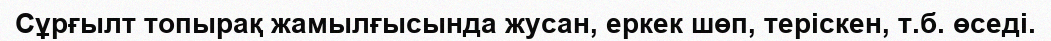
Сұрғылт топырақ жамылғысында жусан, еркек шөп, теріскен, т.б. өседі.